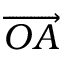
\overrightarrow { O A }